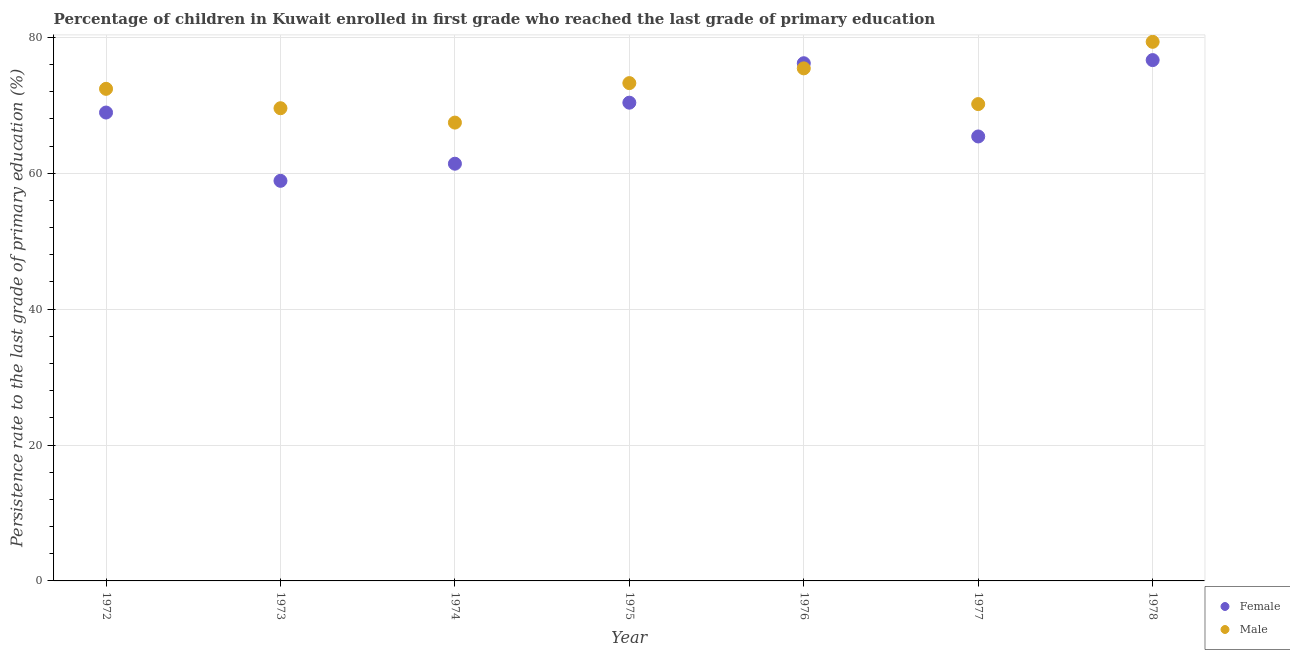
| Year | Female | Male |
 | --- | --- | --- |
 | 1972 | 68.9 | 72.4 |
 | 1973 | 58.9 | 69.6 |
 | 1974 | 61.4 | 67.4 |
 | 1975 | 70.4 | 73.3 |
 | 1976 | 76.2 | 75.4 |
 | 1977 | 65.4 | 70.2 |
 | 1978 | 76.6 | 79.3 |